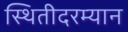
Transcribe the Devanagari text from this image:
स्थितीदरम्यान